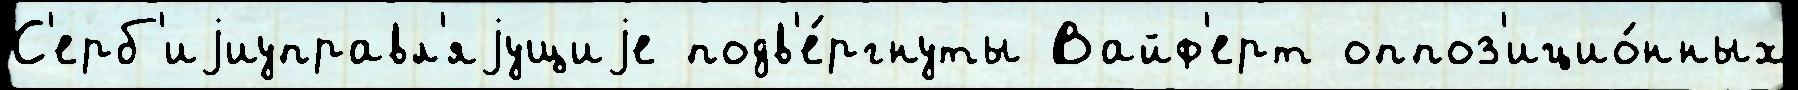
С'ерб'иjиуправл'яjущиjе подв'е́ргнуты Вайф'ерт оппоз'ицио́нных